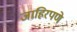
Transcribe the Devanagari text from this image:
जाहिरपणे